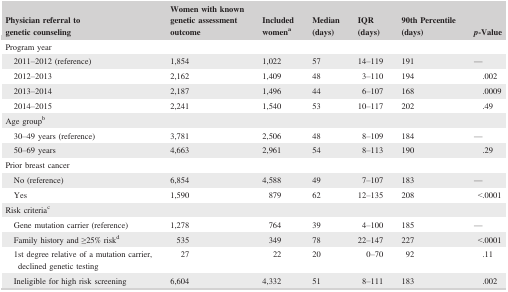
<table><thead><tr><td><b>Physician referral to genetic counseling</b></td><td><b>Women with known genetic assessment outcome</b></td><td><b>Included womena</b></td><td><b>Median (days)</b></td><td><b>IQR (days)</b></td><td><b>90th Percentile (days)</b></td><td><b><i>p</i>‐Value</b></td></tr></thead><tbody><tr><td colspan="7">Program year</td></tr><tr><td>2011–2012 (reference)</td><td>1,854</td><td>1,022</td><td>57</td><td>14–119</td><td>191</td><td>—</td></tr><tr><td>2012–2013</td><td>2,162</td><td>1,409</td><td>48</td><td>3–110</td><td>194</td><td>.002</td></tr><tr><td>2013–2014</td><td>2,187</td><td>1,496</td><td>44</td><td>6–107</td><td>168</td><td>.0009</td></tr><tr><td>2014–2015</td><td>2,241</td><td>1,540</td><td>53</td><td>10–117</td><td>202</td><td>.49</td></tr><tr><td colspan="7">Age groupb</td></tr><tr><td>30–49 years (reference)</td><td>3,781</td><td>2,506</td><td>48</td><td>8–109</td><td>184</td><td>—</td></tr><tr><td>50–69 years</td><td>4,663</td><td>2,961</td><td>54</td><td>8–113</td><td>190</td><td>.29</td></tr><tr><td colspan="7">Prior breast cancer</td></tr><tr><td>No (reference)</td><td>6,854</td><td>4,588</td><td>49</td><td>7–107</td><td>183</td><td>—</td></tr><tr><td>Yes</td><td>1,590</td><td>879</td><td>62</td><td>12–135</td><td>208</td><td>&lt;.0001</td></tr><tr><td colspan="7">Risk criteriac</td></tr><tr><td>Gene mutation carrier (reference)</td><td>1,278</td><td>764</td><td>39</td><td>4–100</td><td>185</td><td>—</td></tr><tr><td>Family history and ≥25% riskd</td><td>535</td><td>349</td><td>78</td><td>22–147</td><td>227</td><td>&lt;.0001</td></tr><tr><td>1st degree relative of a mutation carrier, declined genetic testing</td><td>27</td><td>22</td><td>20</td><td>0–70</td><td>92</td><td>.11</td></tr><tr><td>Ineligible for high risk screening</td><td>6,604</td><td>4,332</td><td>51</td><td>8–111</td><td>183</td><td>.002</td></tr></tbody></table>